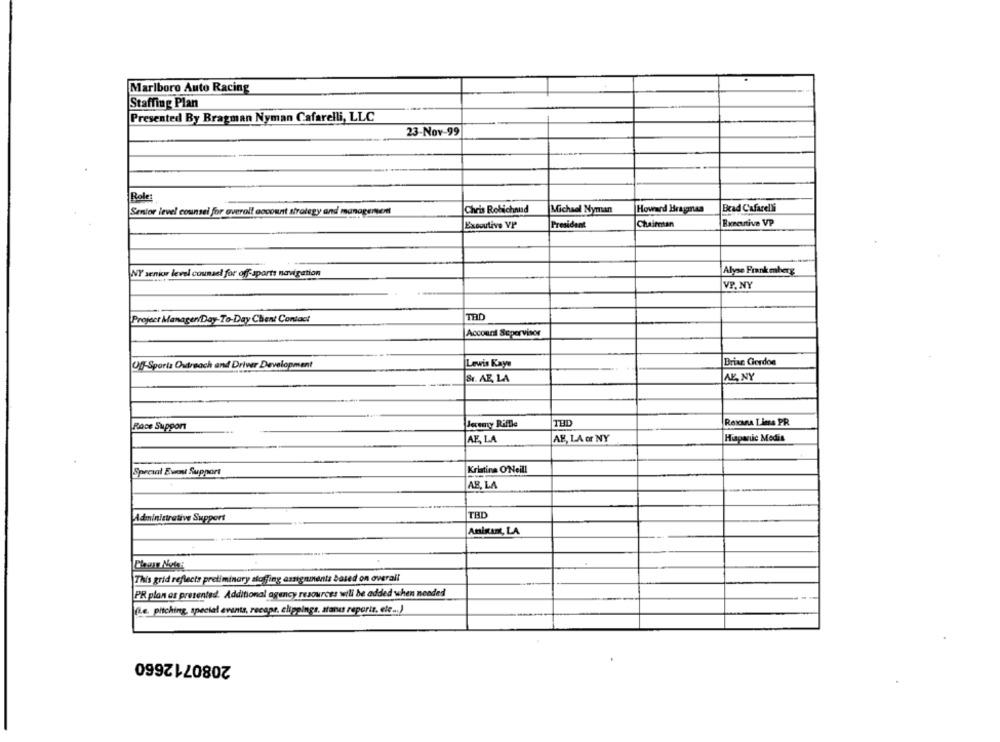
Marlboro Auto Racing
Staffing Plan
Presented By Bragman Nyman Cafarelli, LLC
23-Nov-99
Role
Brad Cafarelli
Senior level counsel for overal! cocount strategy and managersent
Chris Robichaud
Michael Nyman
Howard Bragman
Chaimtan
Executive VP
President
Executive VP
NY senior level counsel for off-sports navigation
Alyse Frank mberg
VP. NY
Project Manager/Day-To-Day Chent Contact
TRD
Account Supervisor
Lewis Kaye
Briac Gerdoe
Off Sporta Outreach and Driver Development
Sr. AE, LA
AE, NY
Jeremy Riflle
THD
Roxana Lime PR
Race Support
AE, LA or NY
Hispanic Medis
AE, LA
Special Ewout Support
Kristina O'Neill
JAB, LA
THD
Administrative Support
Amisamt, LA
This grid reflects preliminary staffing assignments based on overall
PR plan as presented. Additional agency resources will be added when needed
fle. pitching, special events, recaps, clippings, atarus reports, ele ... )
2080712660